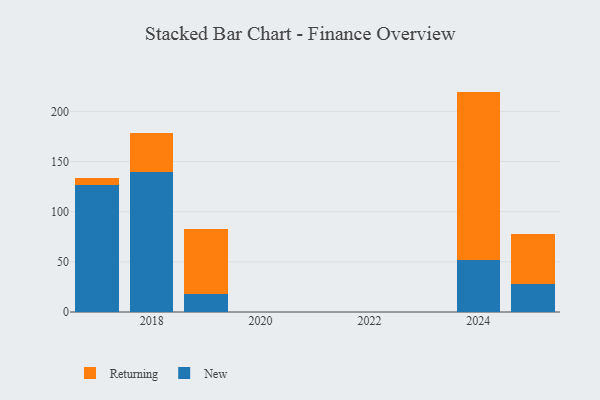
{"axis": {"x": "Year", "y": "Bounce Rate (%)"}, "legend": ["New", "Returning"], "data": [{"x": "2024", "y": 51.8, "type": "New"}, {"x": "2024", "y": 167.9, "type": "Returning"}, {"x": "2018", "y": 139.9, "type": "New"}, {"x": "2018", "y": 38.1, "type": "Returning"}, {"x": "2025", "y": 27.6, "type": "New"}, {"x": "2025", "y": 50.5, "type": "Returning"}, {"x": "2019", "y": 17.6, "type": "New"}, {"x": "2019", "y": 65.0, "type": "Returning"}, {"x": "2017", "y": 126.6, "type": "New"}, {"x": "2017", "y": 7.4, "type": "Returning"}]}